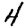
Digit: 4